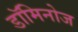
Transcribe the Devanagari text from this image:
डॉमिनोज